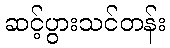
ဆင့်ပွားသင်တန်း